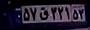
۵۷ق۳۲۱۵۳